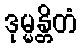
ဒုမ္မန္တိတံ